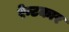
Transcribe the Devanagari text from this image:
रेन्टकार